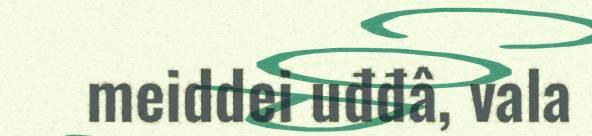
meiddei uđđâ, vala